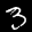
Label: 3